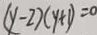
( y - 2 ) ( y + 1 ) = 0